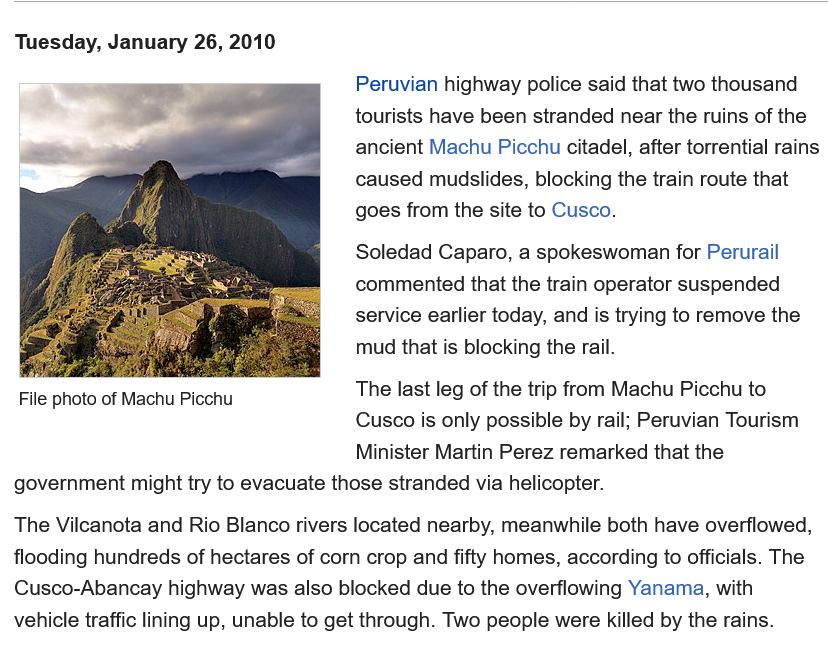
Tuesday, January 26, 2010
     Peruvian highway police said that two thousand
     tourists have been stranded near the ruins of the
     ancient Machu Picchu citadel, after torrential rains
     caused mudslides, blocking the train route that
     goes from the site to Cusco.
     Soledad Caparo, a spokeswoman for Perurail
     commented  that the train operator suspended
     service earlier today, and is trying to remove the
     mud that is blocking the rail.
     The last leg of the trip from Machu Picchu to
     Cusco is only possible by rail; Peruvian Tourism
     Minister Martin Perez remarked that the
  government might try to evacuate those stranded via helicopter.
  The Vilcanota and Rio Blanco rivers located nearby, meanwhile both have overflowed,
  flooding hundreds of hectares of corn crop and fifty homes, according to officials. The
  Cusco-Abancay highway was also blocked due to the overflowing Yanama, with
  vehicle traffic lining up, unable to get through. Two people were killed by the rains.
  File photo of Machu Picchu